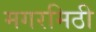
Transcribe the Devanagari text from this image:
मगरमिठी